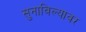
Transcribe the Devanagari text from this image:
सुनाविल्यावर